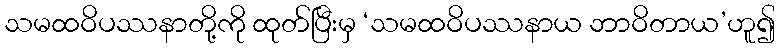
သမထဝိပဿနာတို့ကို ထုတ်ပြီးမှ ‘သမထဝိပဿနာယ ဘာဝိတာယ’ဟူ၍